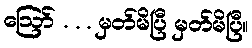
ဪ . . . မှတ်မိပြီ မှတ်မိပြီ။